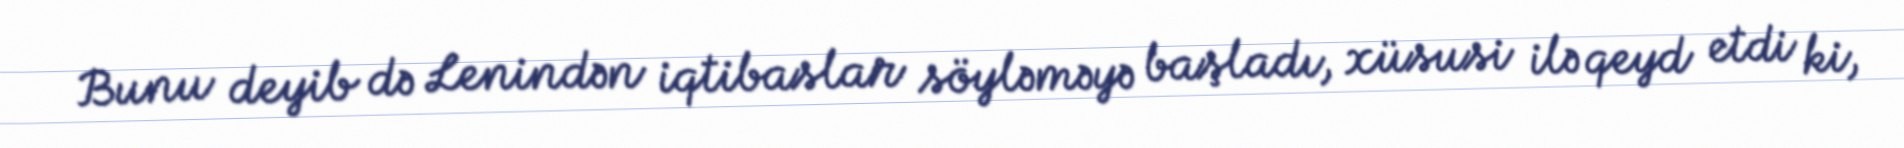
Bunu deyib də Lenindən iqtibaslar söyləməyə başladı, xüsusi ilə qeyd etdi ki,